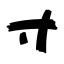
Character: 寸